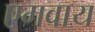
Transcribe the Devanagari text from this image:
एमवाय